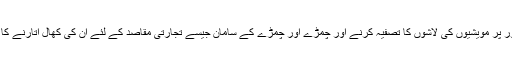
دلت روایتی طور پر مویشیوں کی لاشوں کا تصفیہ کرنے اور چمڑے اور چمڑے کے سامان جیسے تجارتی مقاصد کے لئے ان کی کھال اتارنے کا کام کرتے ہیں۔